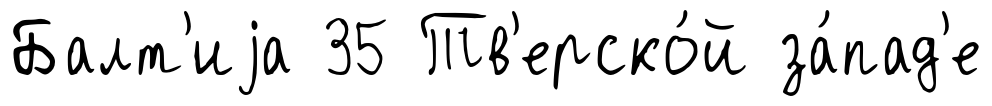
Балт'иjа 35 Тв'ерско́й за́пад'е